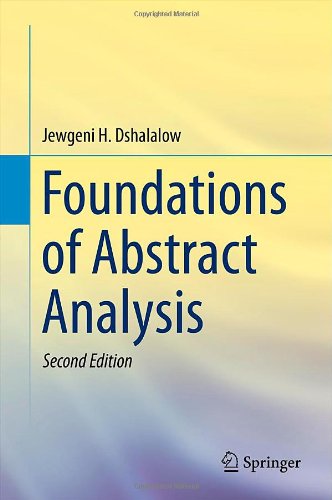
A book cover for Foundations of Abstract Analysis; Eugene Dshalalow; Science & Math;